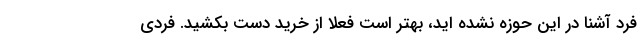
فرد آشنا در این حوزه نشده اید، بهتر است فعلاً از خرید دست بکشید. فردی